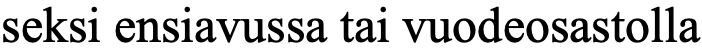
seksi ensiavussa tai vuodeosastolla